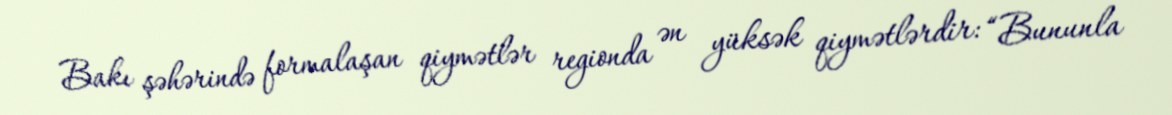
Bakı şəhərində formalaşan qiymətlər regionda ən yüksək qiymətlərdir: “Bununla